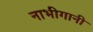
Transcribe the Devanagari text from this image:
नाभीगानी